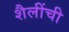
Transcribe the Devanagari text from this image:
शैलींची